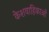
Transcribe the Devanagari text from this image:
केशवाहिकाओं